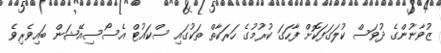
ޒުވާނުންގެ ދުވަސް ކުލަގަފަކޮށް ފާހަގަ ކުރުމުގެ ހަރަކާތް ތަކުގައި ސްކައުޓް އެސޯސިއޭޝަން ބައިވެރިވެ